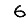
Digit: 6